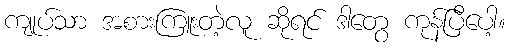
ကျုပ်သာ အစားကြူးတဲ့လူ ဆိုရင် ဒါတွေ ကုန်ပြီပေါ့။